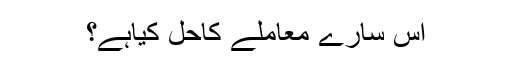
اس سارے معاملے کاحل کیاہے؟